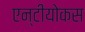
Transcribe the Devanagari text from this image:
एन्टीयोकस